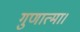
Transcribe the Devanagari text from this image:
गुणात्मा।